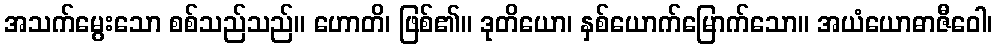
အသက်မွေးသော စစ်သည်သည်။ ဟောတိ၊ ဖြစ်၏။ ဒုတိယော၊ နှစ်ယောက်မြောက်သော။ အယံယောဓာဇီဝေါ၊